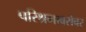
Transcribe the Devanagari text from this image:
परिश्रमाबरोबर